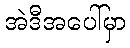
အဲဒီအပေါ်မှာ